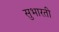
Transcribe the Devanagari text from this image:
सुभारती